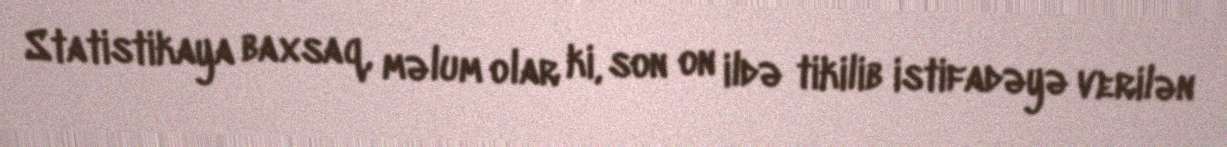
Statistikaya baxsaq, məlum olar ki, son on ildə tikilib istifadəyə verilən